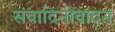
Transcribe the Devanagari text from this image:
संवादिनीवादन